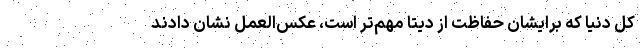
کل دنیا که برایشان حفاظت از دیتا مهم‌تر است، عکس‌العمل نشان دادند